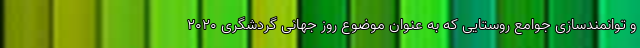
و توانمندسازی جوامع روستایی که به عنوان موضوع روز جهانی گردشگری ۲۰۲۰